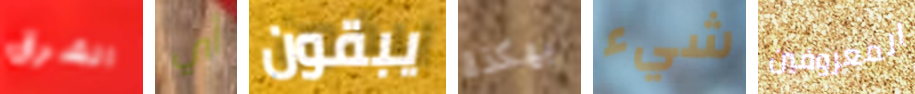
الشرق أي يبقون بهكذا شيء المعروفين